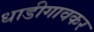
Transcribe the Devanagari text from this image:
धाडीगावकर